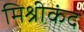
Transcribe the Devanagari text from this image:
मिश्रीकंद